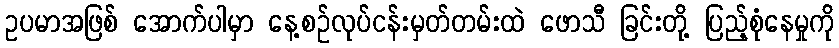
ဥပမာအဖြစ် အောက်ပါမှာ နေ့စဉ်လုပ်ငန်းမှတ်တမ်းထဲ ဖောသီ ခြင်းတို့ ပြည့်စုံနေမှုကို